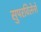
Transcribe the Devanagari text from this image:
सुपरविलेनों